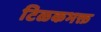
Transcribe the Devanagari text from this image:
टिळकभक्त